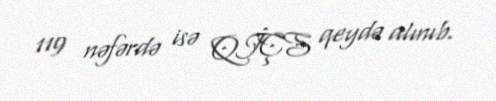
119 nəfərdə isə QİÇS qeydə alınıb.